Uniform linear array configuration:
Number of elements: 8
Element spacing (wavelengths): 0.75
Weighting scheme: uniform
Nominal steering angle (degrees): -15
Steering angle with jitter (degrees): -15.722
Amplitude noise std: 0.05
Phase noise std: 0.05

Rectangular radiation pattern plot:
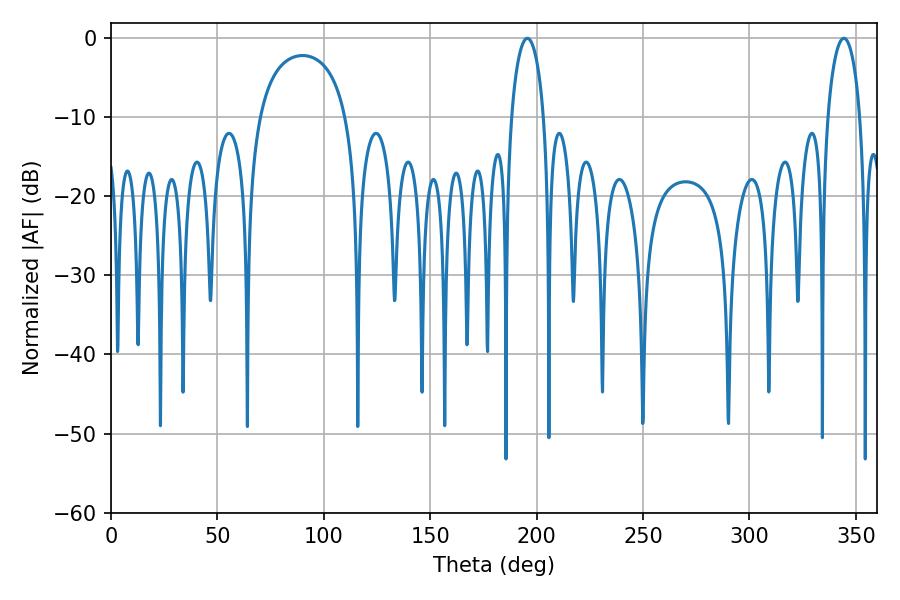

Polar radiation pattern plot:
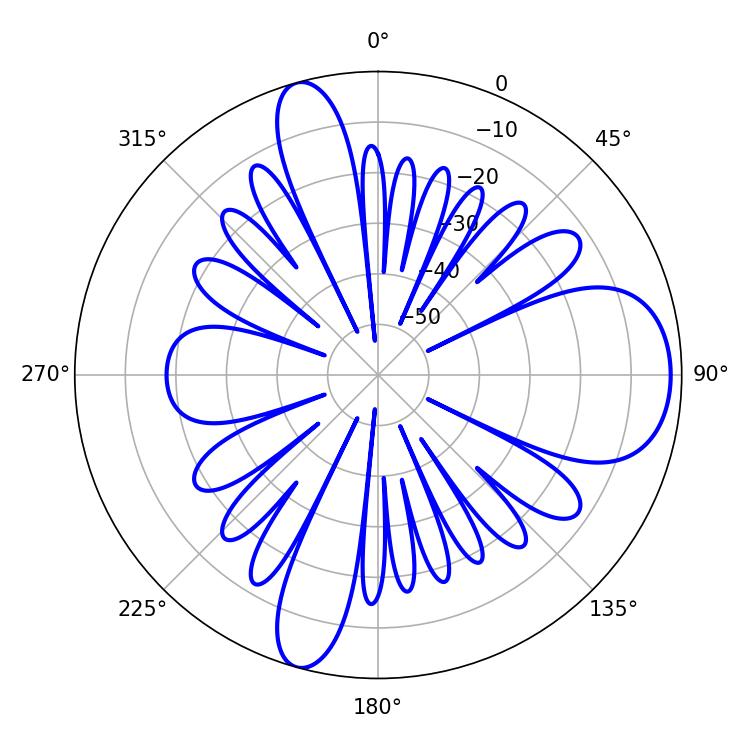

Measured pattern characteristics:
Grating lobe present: TRUE
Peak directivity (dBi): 9.86
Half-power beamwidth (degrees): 8.64
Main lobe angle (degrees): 195.66